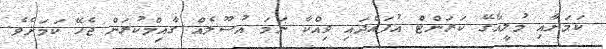
ކަމަށާއި މުލީއާގޭ ކަރަންޓް އުފައްދައި ވިއްކާ ނަމަ އުސޫލެއް ގާއިމްކުރަން ޖެހޭ ކަމަށެވެ.